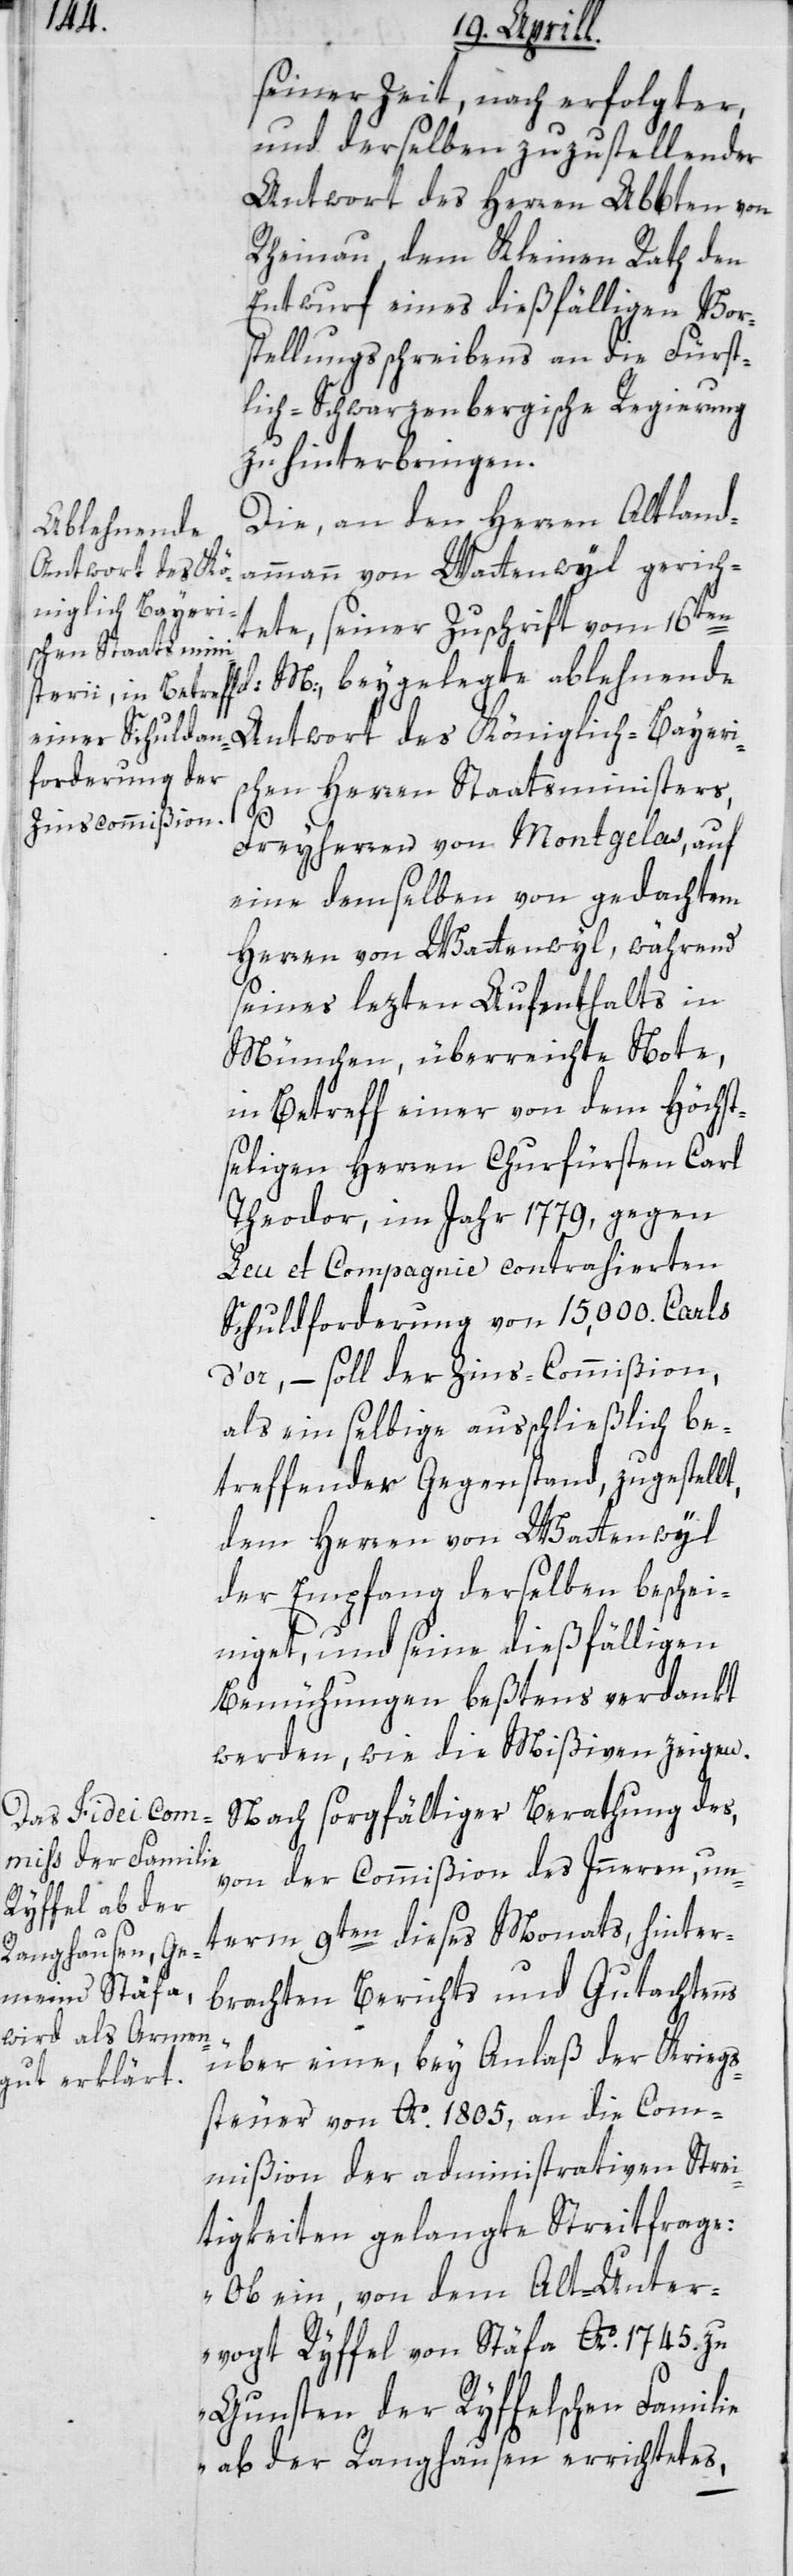
seiner Zeit nach erfolgter
und derselben zuzustellender
Antwort des Herren Abbten von
Rheinau, dem Kleinen Rath den
Entwurf eines dießfälligen Vor¬
stellungsschreibens an die Fürst¬
lich-Schwarzenbergische Regierung
zu hinterbringen.
Die, an den Herren Altland¬
ablehnende
ammann von Wattenwyl gerich¬
tete, seiner Zuschrift vom 16ten
Antwort des Königlich-Bayeri¬
schen Herren Staatsministers,
d.
Freyherren von Montgelas, auf
eine demselben von gedachtem
Herren von Wattenwyl, während
seines letzten Aufenthalts in
München überreichte Note,
in Betreff einer von dem Höchst¬
seligen Herren Churfürsten Carl
Theodor, im Jahr 1779, gegen
Leu et Compagnie contrahierten
Schuldforderung von 15,000. Carls
d’or, – soll der Zins-Commißion,
als ein selbige ausschließlich be¬
treffender Gegenstand, zugestellt,
dem Herren von Wattenwyl
der Empfang derselben beschei¬
niget, und seine dießfälligen
Bemühungen beßtens verdankt
werden, wie die Mißiven zeigen.
Nach sorgfältiger Berathung des,
von der Commißion des Innern, un¬
term 9ten dieses Monats, hinter¬
brachten Berichts und Gutachtens
über eine, bey Anlaß der Kriegs¬
steuer von Ao. 1805, an die Com¬
mißion der administrativen Strei¬
tigkeiten gelangte Streitfrage:
„Ob ein, von dem Alt-Unter¬
vogt Ryffel von Stäfa Ao. 1745. zu
Gunsten der Ryffelschen Familie
ab der Ranghausen errichtetes,